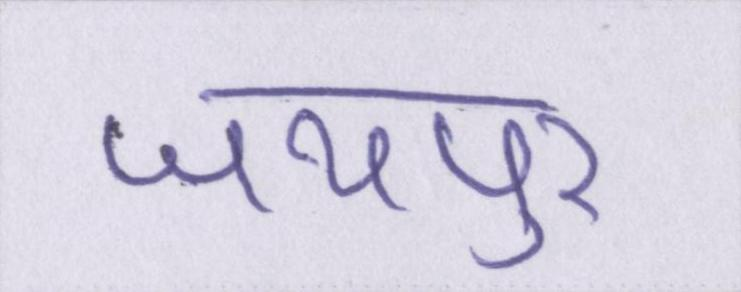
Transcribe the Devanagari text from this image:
जयपुर